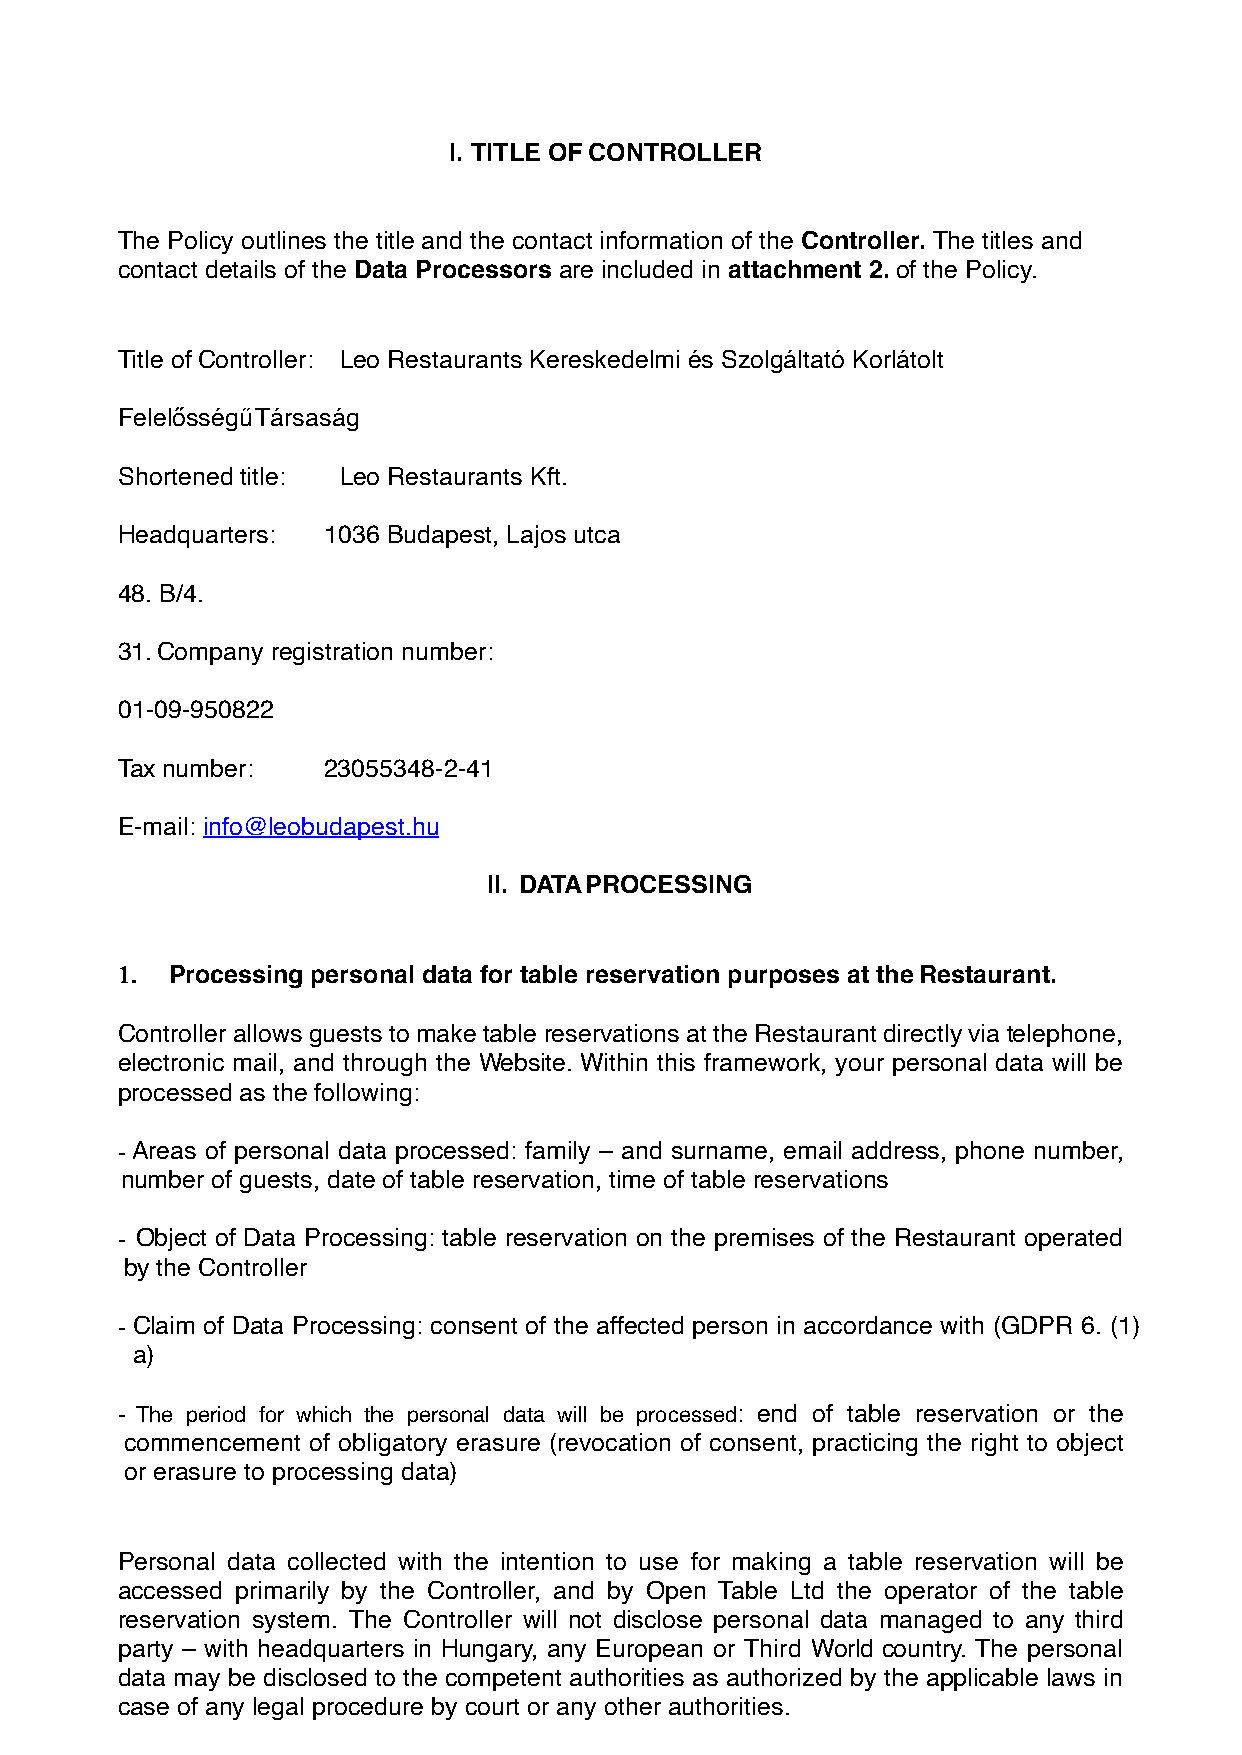
I. TITLE OF CONTROLLER
 The Policy outlines the title and the contact information of the Controller. The titles and
 contact details of the Data Processors are included in attachment 2. of the Policy.
 Title of Controller: Leo Restaurants Kereskedelmi és Szolgáltató Korlátolt
 Felelősségű Társaság
 Shortened title: Leo Restaurants Kft.
 Headquarters: 1036 Budapest, Lajos utca
 48. B/4.
 31. Company registration number:
 01-09-950822
 Tax number:  23055348-2-41
 E-mail: info@leobudapest.hu
 II. DATA PROCESSING
 1. Processing personal data for table reservation purposes at the Restaurant.
 Controller allows guests to make table reservations at the Restaurant directly via telephone,
 electronic mail, and through the Website. Within this framework, your personal data will be
 processed as the following:
 -Areas of personal data processed: family – and surname, email address, phone number,
 number of guests, date of table reservation, time of table reservations
 - Object of Data Processing: table reservation on the premises of the Restaurant operated
 by the Controller
 - Claim of Data Processing: consent of the affected person in accordance with (GDPR 6. (1)
 a)
 - The period for which the personal data will be processed: end of table reservation or the
 commencement of obligatory erasure (revocation of consent, practicing the right to object
 or erasure to processing data)
 Personal data collected with the intention to use for making a table reservation will be
 accessed primarily by the Controller, and by Open Table Ltd the operator of the table
 reservation system. The Controller will not disclose personal data managed to any third
 party – with headquarters in Hungary, any European or Third World country. The personal
 data may be disclosed to the competent authorities as authorized by the applicable laws in
 case of any legal procedure by court or any other authorities.